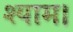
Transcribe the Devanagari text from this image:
श्याम।